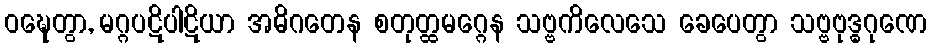
ဝဍ္ဎေတွာ, မဂ္ဂပဋိပါဋိယာ အဓိဂတေန စတုတ္ထမဂ္ဂေန သဗ္ဗကိလေသေ ခေပေတွာ သဗ္ဗဗုဒ္ဓဂုဏေ